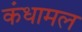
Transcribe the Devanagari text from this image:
कंधामल